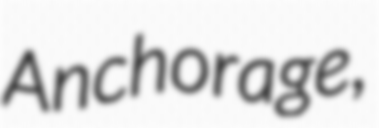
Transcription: Anchorage,